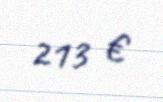
213 €